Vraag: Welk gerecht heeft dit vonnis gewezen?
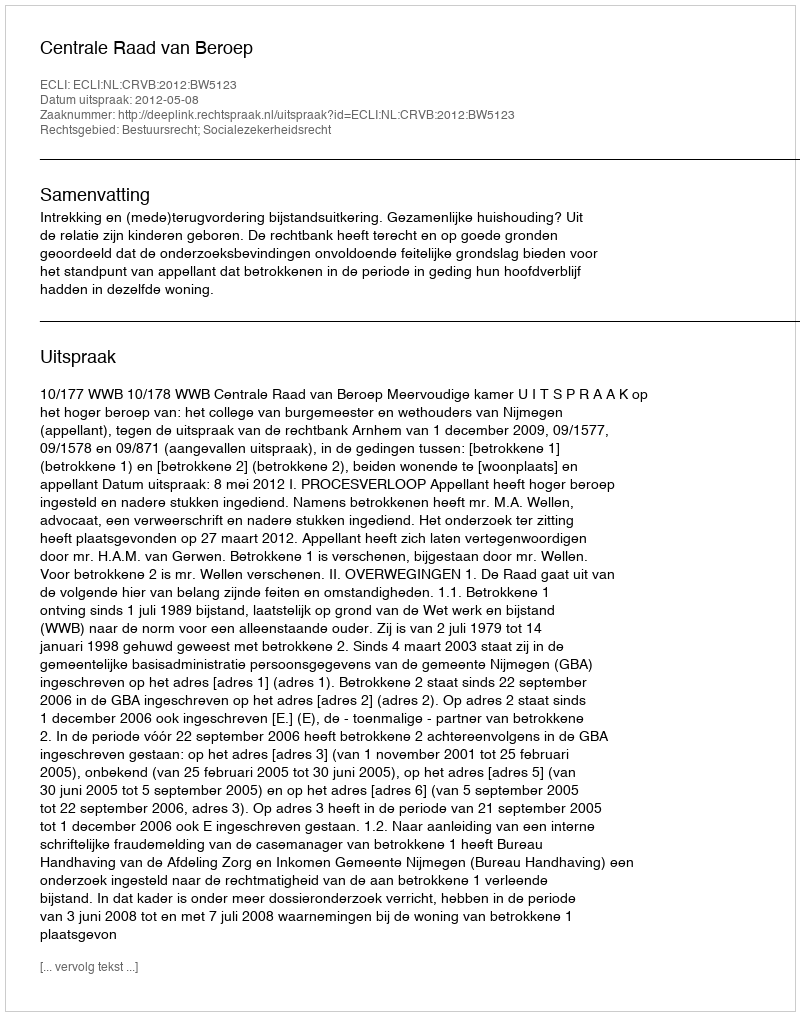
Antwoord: Centrale Raad van Beroep